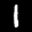
Digit: 1